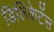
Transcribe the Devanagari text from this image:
डिलिकेटेंस